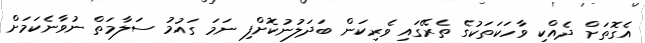
އެގޮތަށް ދެއްކި ވާހަކަތަކުގެ ތެރޭގައި ވެރިކަން ބަދަލުނުކޮށްފި ނަމަ ގައުމު ސަލާމަތް ނުވާނެކަމަށް